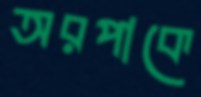
অরপাকে